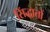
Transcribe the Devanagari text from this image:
सिंद्धातों